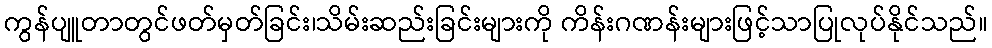
ကွန်ပျူတာတွင်ဖတ်မှတ်ခြင်း၊သိမ်းဆည်းခြင်းများကို ကိန်းဂဏန်းများဖြင့်သာပြုလုပ်နိုင်သည်။